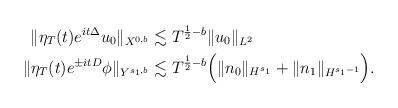
LaTeX: \begin{align*} \| \eta_T(t) e^{it\Delta} u_0 \|_{X^{0,b}} &\lesssim T^{\frac12 - b} \| u_0\|_{L^2} \\ \| \eta_T(t) e^{\pm itD} \phi \|_{Y^{s_1, b}} &\lesssim T^{\frac12 - b} \Bigl(\| n_0\|_{H^{s_1}} + \|n_1\|_{H^{s_1-1}}\Bigr). \end{align*}